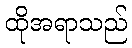
ထိုအရာသည်